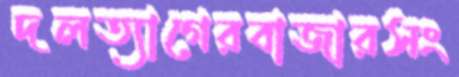
দলত্যাগেরবাজারসং